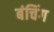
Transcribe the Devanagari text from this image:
बंचिंग